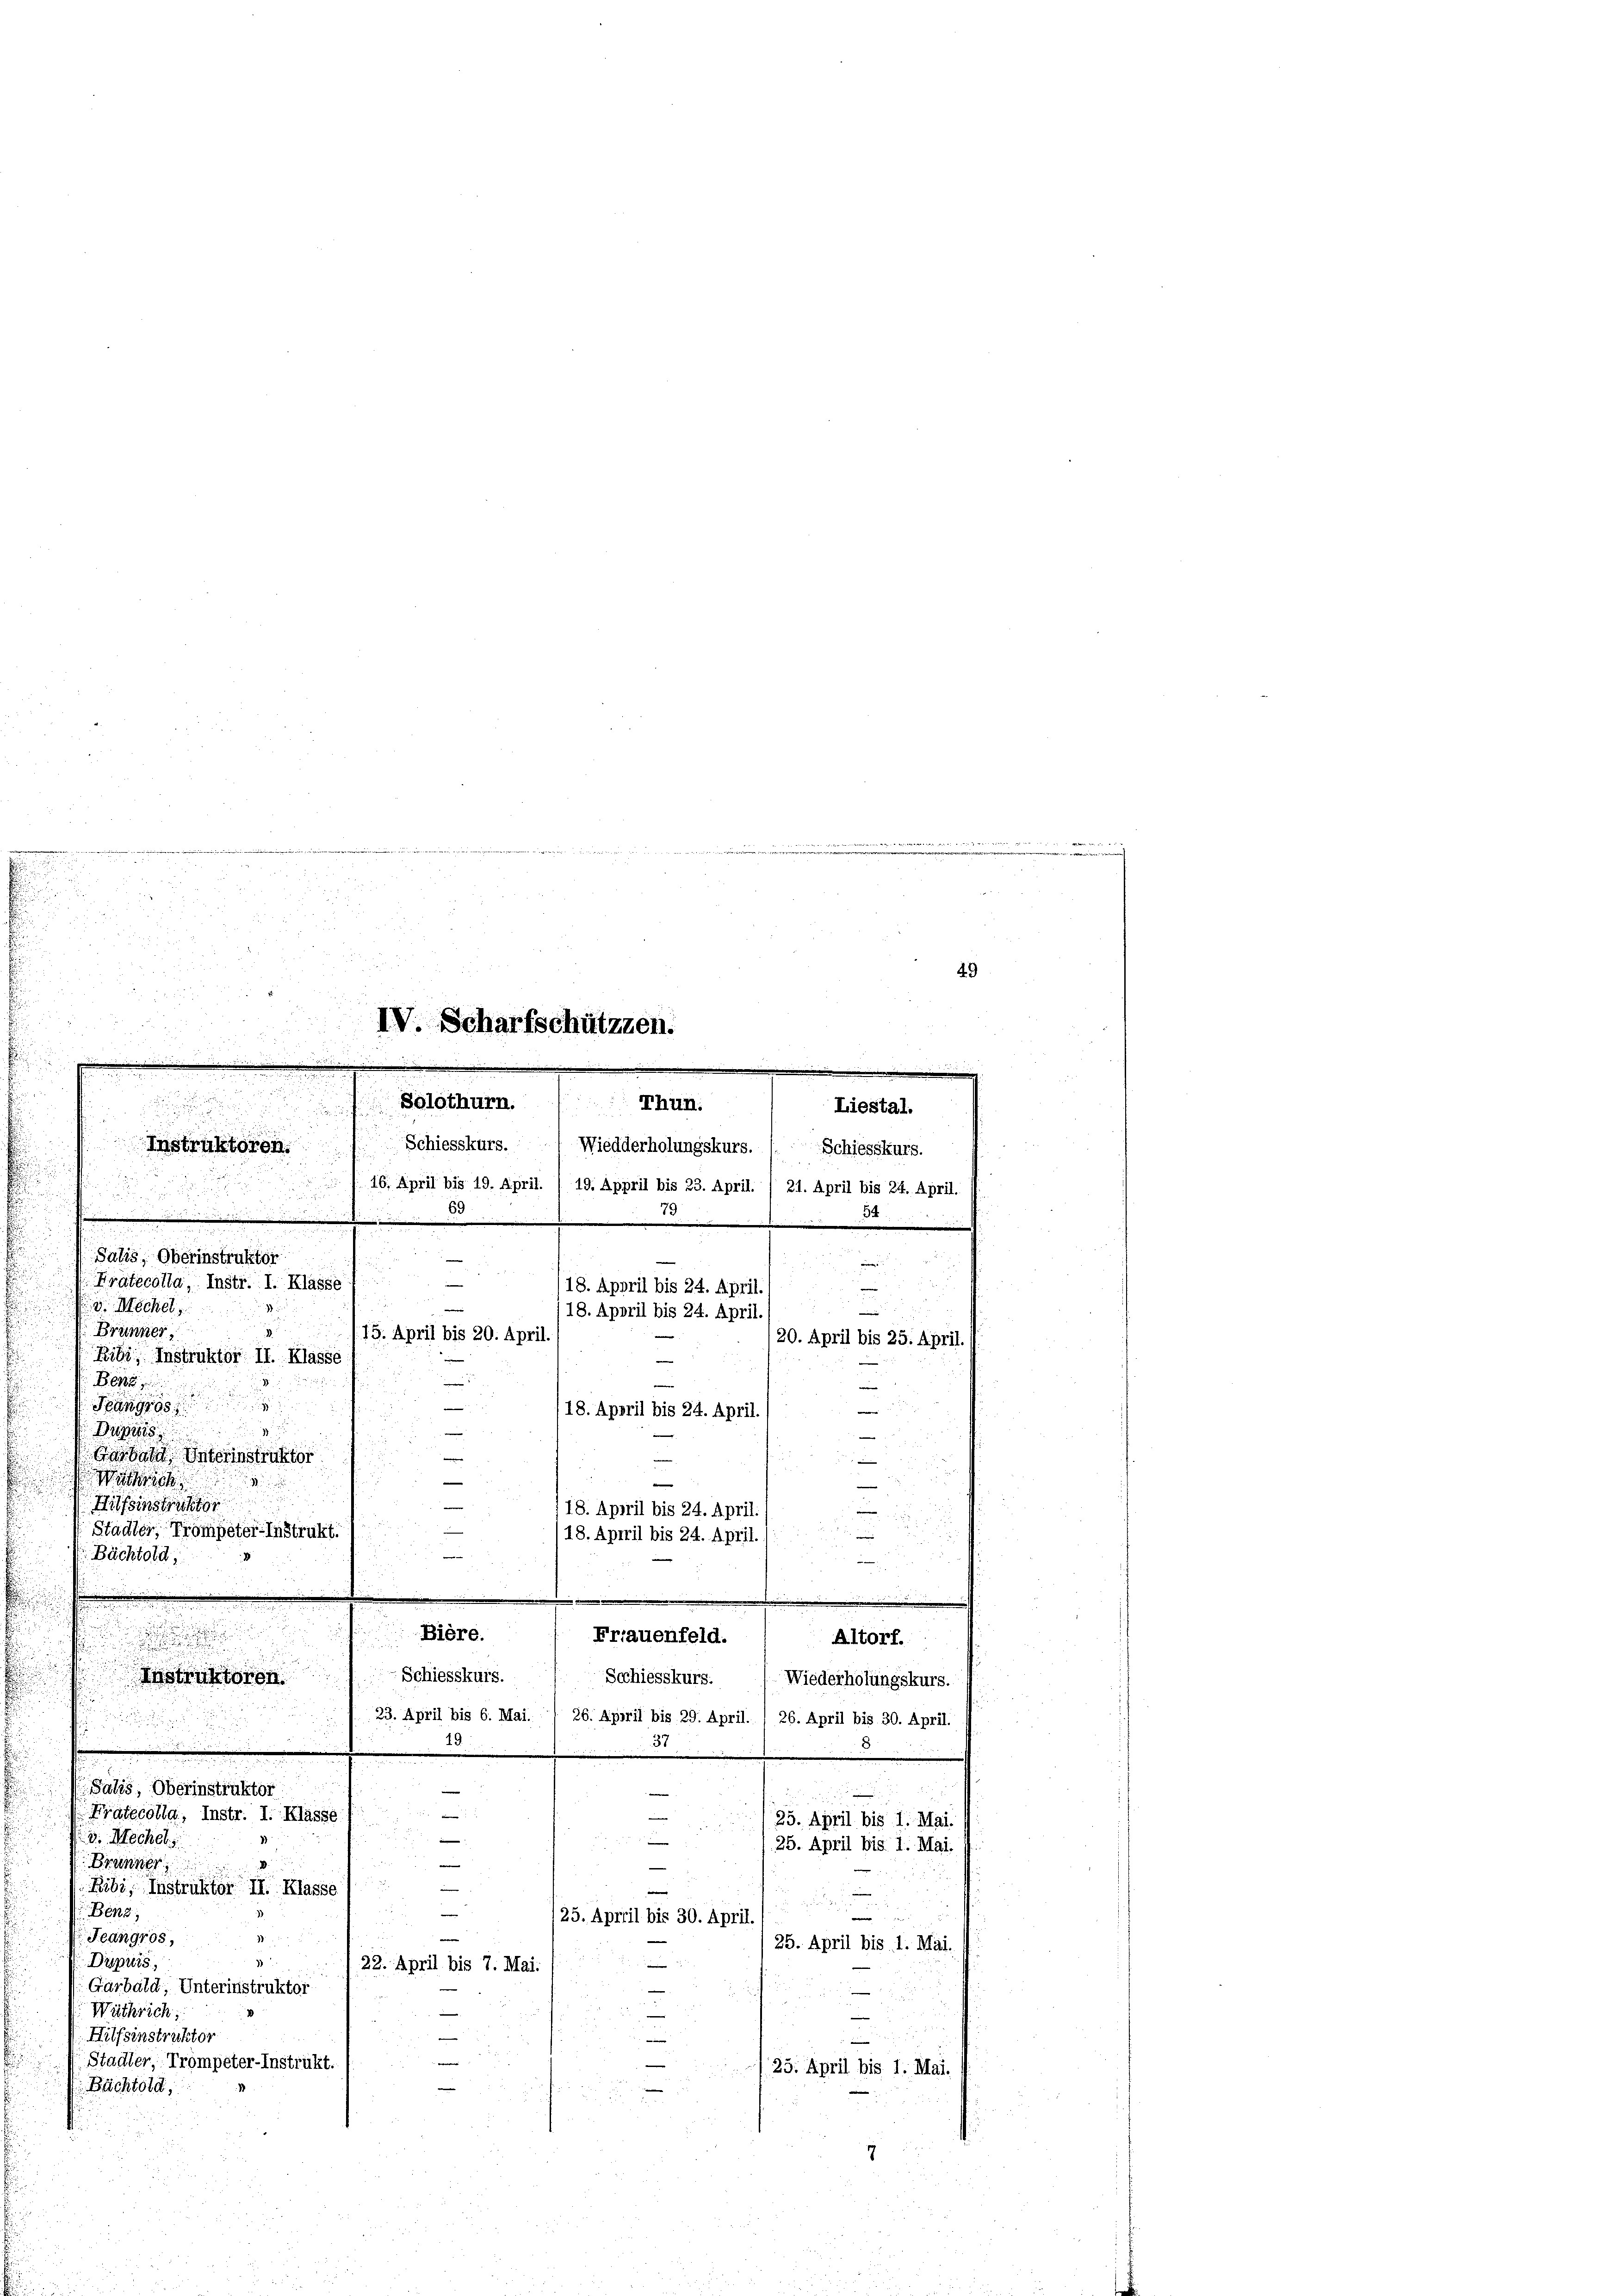
s

.

2

  xx
 f 0 x
e
IV. Scharfschützten.

u
2
.

Thun.
Solothurn.
Liestal.
Instruktoren. Schiesskurs. Wiedderholungskurs. ( Schiesskurs.

.

e
man

e

49
.
116. April bis 19. April. /19. Appril bis 23. April. / 21. April bis 24. April.

34

Salis, Oberinstruktor

u
¬
Prätecolla, Instr. I. Klasse
118. Appril bis 24. April.
n
i

118. April bis 24. April
2
15. April bis 20. April.
20. April bis 25. April.
Ribi, Instruktor II. Klasse
e
8
e
—

e
/18. Appril bis 24. April. (

v. Mechel,
Brünner
Bere
Fängrös
Bugis
Garband Unterinstruktor

.

e
a
Hilfsinstrechte
d
18. April bis 24. April.
d

Stadter, Trompeter-Instrukt.
—
18. April bis 24. April.
d
d
—
Bächtold

.
e
Bière.
Instruktoren Schiesskurs.
23. April bis 6. Mai. / 26. April bis 29. April. / 26. April bis 30. April.
19
37
u
Salis, Oberinstruktor
e
e
Fratecolla, Instr. I. Klasse
25. April bis 1. Mai.

v. Mechel

25. April bis 1. Mai.
n
Brunner
2

Ribi, Instruktor II. Klasse
e
Benz,
e
e
125. April bis 30. April.
e
Feangros,
25. April bis 1. Mai.
Dispuis
—
22. April bis 7. Mai
Garbald, Unterinstruktor
Wäthrich;
Hilfsinstruktor

Stadler, Trompeter-Instrukt.
25. April bis 1. Mai.
Bächtold,
d

Frauenfeld.

Altorf.
Scchiesskurs. (Wiederholungskurs.

u